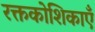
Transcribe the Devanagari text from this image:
रक्तकोशिकाएँ